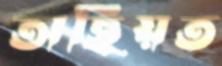
অছিয়ত